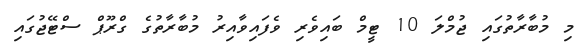
މި މުބާރާތުގައި ޖުމްލަ 10 ޓީމް ބައިވެރި ވެފައިވާއިރު މުބާރާތުގެ ގްރޫޕް ސްޓޭޖުގައި